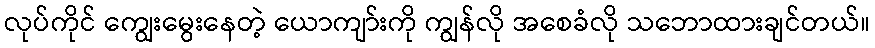
လုပ်ကိုင် ကျွေးမွေးနေတဲ့ ယောကျာ်းကို ကျွန်လို အစေခံလို သဘောထားချင်တယ်။